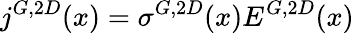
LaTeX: j^{G,2D}(x)=\sigma^{G,2D}(x)E^{G,2D}(x)